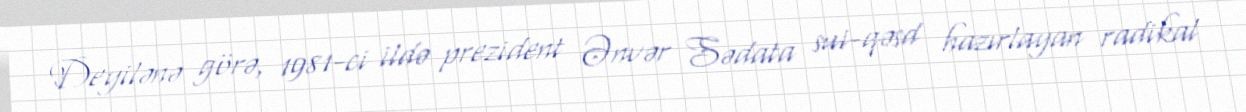
Deyilənə görə, 1981-ci ildə prezident Ənvər Sədata sui-qəsd hazırlayan radikal